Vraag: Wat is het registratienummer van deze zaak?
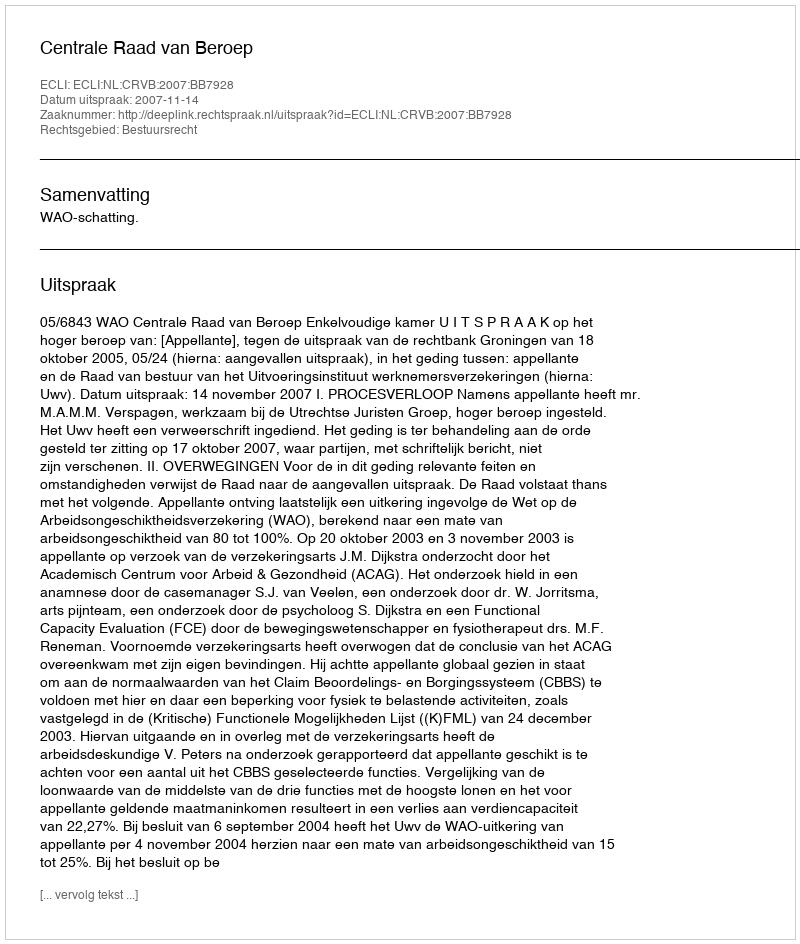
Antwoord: http://deeplink.rechtspraak.nl/uitspraak?id=ECLI:NL:CRVB:2007:BB7928